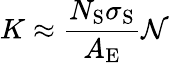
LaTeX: K\approx\frac{N_{\mathrm{S}}\sigma_{\mathrm{S}}}{A_{\mathrm{E}}}\mathcal{N}